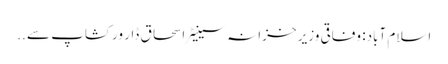
اسلام آباد: وفاقی وزیر خزانہ سینیٹر اسحاق ڈار ورکشاپ سے ..